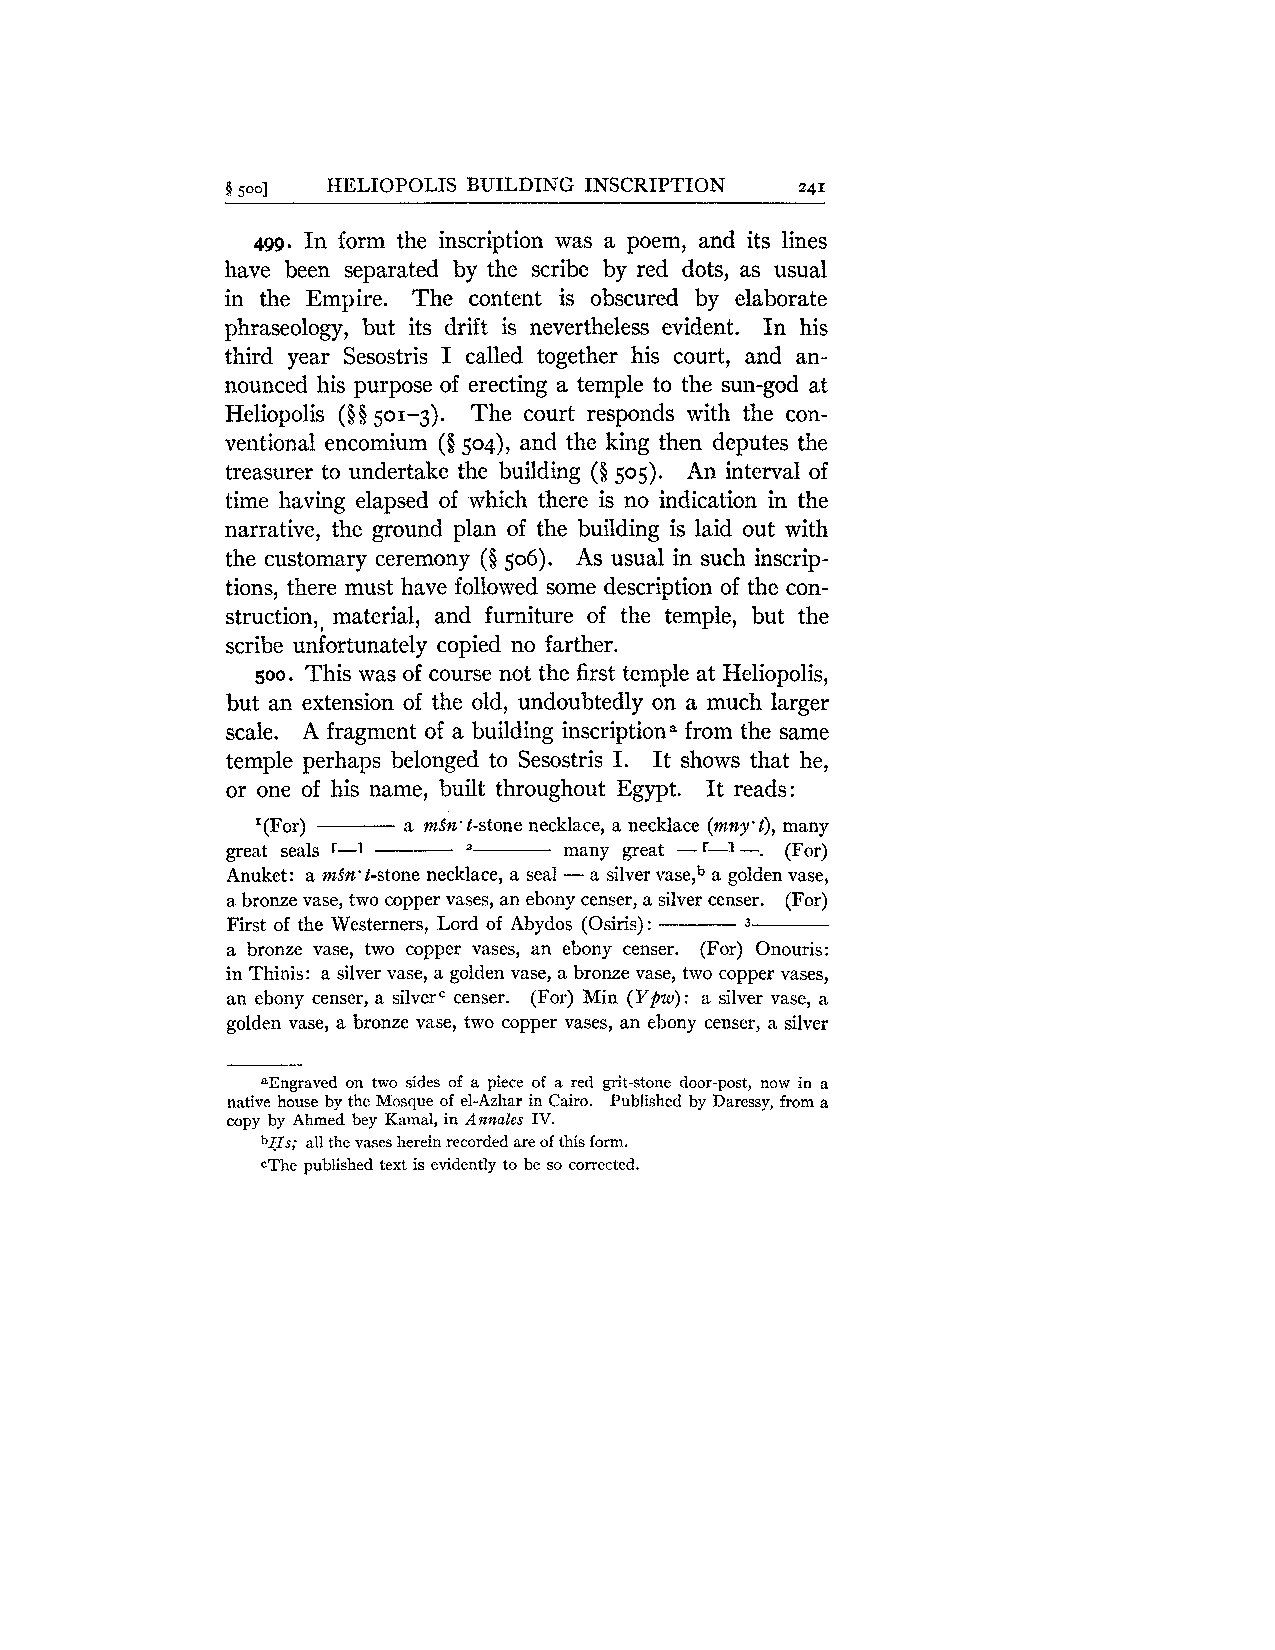
5 5001 HELIOPOLIS BUILDING INSCRIPTION 241
 499. In form the inscription was a poem, and its lines
 have been separated by the scribe by red dots, as usual
 in the Empire. The content is obscured by elaborate
 phraseology, but its drift is nevertheless evident. In his
 third year Sesostris I called together his court, and an-
 nounced his purpose of erecting a temple to the sun-god at
 Heliopolis ($0 501-3). The court responds with the con-
 ventional encomium (§ 504), and the king then deputes the
 treasurer to undertake the building (5 505). An interval of
 time having elapsed of which there is no indication in the
 narrative, the ground plan of the building is laid out with
 the customary ceremony ($506). As usual in such inscrip-
 tions, there must have followed some description of the con-
 struction,, material, and furniture of the temple, but the
 scribe unfortunately copied no farther.
 500. This was of course not the first temple at Heliopolis,
 but an extension of the old, undoubtedly on a much larger
 scale. A fragment of a building inscriptiona from the same
 temple perhaps belonged to Sesostris I. It shows that he,
 or one of his name, built throughout Egypt. It reads:
 '(For)    a m3n.t-stone necklace, a necklace (mny'l), many
 great seals '-1 -- "  many great - r-3 -. (For)
 Anuket: a mSn't-stone necklace, a seal - a silver vase,b a golden vase,
 a bronze vase, two copper vases, an ebony censer, a silver censer. (For)
 First of the Westerners, Lord of Abydos (Osiris): -- 3
 a bronze vase, two copper vases, an ebony censer. (For) Onouris:
 in Thinis: a silver vase, a golden vase, a bronze vase, two copper vases,
 an ebony censer, a silverC censer. (For) Min (Ypw): a silver vase, a
 golden vase, a bronze vase, two copper vases, an ebony censer, a silver
 aEngraved on two sides of a piece of a red grit-stone door-post, now in a
 native house by the Mosque of el-Azhar in Cairo. Published by Daressy, from a
 copy by Ahmed bey Kamal, in Annales IV.
 bHs; a11 the vases herein recorded are of this form.
 cThe published text is evidently to be so corrected.